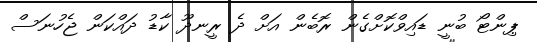
ޕިންޓޯ ބުނީ ޑައިވްކޮށްގެން ރޮބެން އަށް ދެ ރީނދޫ ކާޑު ދައްކަން ޖެހުނަސް